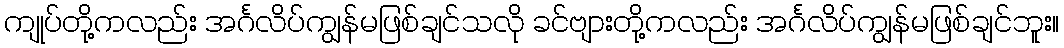
ကျုပ်တို့ကလည်း အင်္ဂလိပ်ကျွန်မဖြစ်ချင်သလို ခင်ဗျားတို့ကလည်း အင်္ဂလိပ်ကျွန်မဖြစ်ချင်ဘူး။